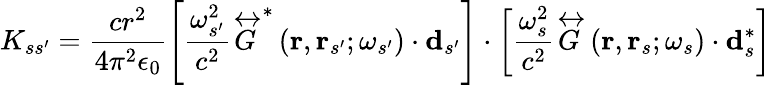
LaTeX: K_{ss^{\prime}}=\frac{cr^{2}}{4\pi^{2}\epsilon_{0}}\left[\frac{\omega_{s^{\prime}}^{2}}{c^{2}}\overleftrightarrow{G}^{*}\left(\mathbf{r},\mathbf{r}_{s^{\prime}};\omega_{s^{\prime}}\right)\cdot\mathbf{d}_{s^{\prime}}\right]\cdot\left[\frac{\omega_{s}^{2}}{c^{2}}\overleftrightarrow{G}\left(\mathbf{r},\mathbf{r}_{s};\omega_{s}\right)\cdot\mathbf{d}_{s}^{*}\right]